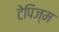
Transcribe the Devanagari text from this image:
टेपिज्म